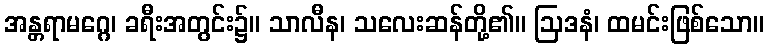
အန္တရာမဂ္ဂေ၊ ခရီးအတွင်း၌။ သာလီန၊ သလေးဆန်တို့၏။ ဩဒနံ၊ ထမင်းဖြစ်သော။